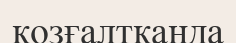
қозғалтқанда